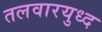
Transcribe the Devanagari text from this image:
तलवारयुध्द